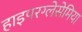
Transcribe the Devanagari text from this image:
हाइपरग्लेसेमिया